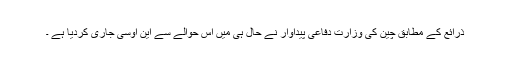
ذرائع کے مطابق چین کی وزارت دفاعی پیداوار نے حال ہی میں اس حوالے سے این اوسی جاری کردیا ہے ۔